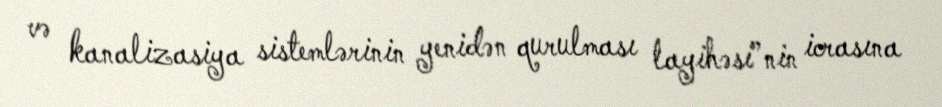
və kanalizasiya sistemlərinin yenidən qurulması layihəsi”nin icrasına